Notes on vaccination in the North-West Frontier Province 1923-1928 - 1923-1928
Year: 1923
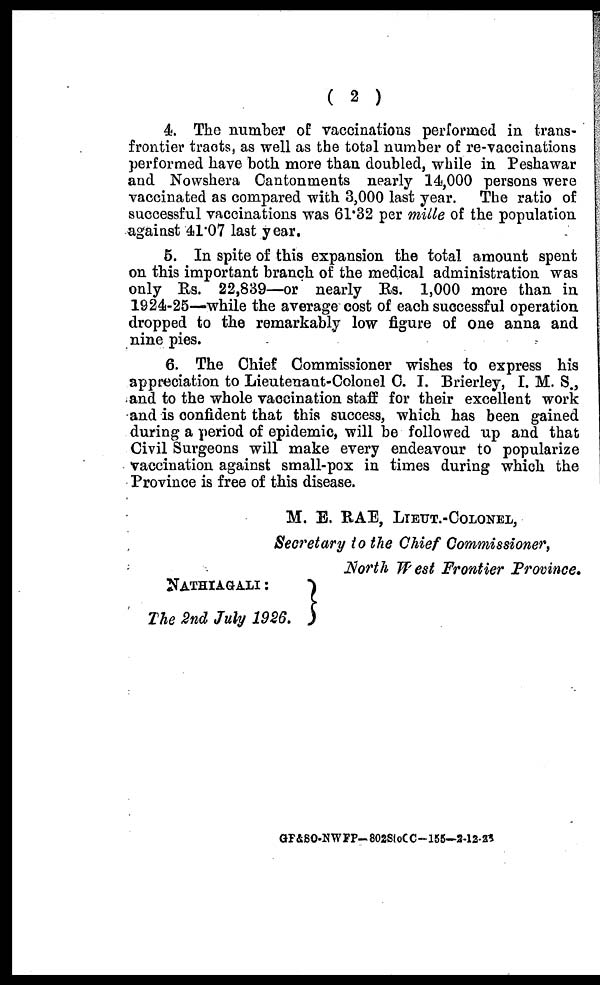
( 2 )
4. The number of vaccinations performed in trans¬
frontier tracts, as well as the total number of re-vaccinations
performed have both more than doubled, while in Peshawar
and Nowshera Cantonments nearly 14,000 persons were
vaccinated as compared with 3,000 last year. The ratio of
successful vaccinations was 61.32 per mille of the population
against 41.07 last year.
5. In spite of this expansion the total amount spent
on this important branch of the medical administration was
only Rs. 22,839—or nearly Rs. 1,000 more than in
1924-25—while the average cost of each successful operation
dropped to the remarkably low figure of one anna and
nine pies.
6. The Chief Commissioner wishes to express his
appreciation to Lieutenant-Colonel C. I. Brierley, I. M. S.,
and to the whole vaccination staff for their excellent work
and is confident that this success, which has been gained
during a period of epidemic, will be followed up and that
Civil Surgeons will make every endeavour to popularize
vaccination against small-pox in times during which the
Province is free of this disease.
M. E. RAE, LIEUT.-COLONEL,
Secretary to the Chief Commissioner,
NATHIAGALI :
The 2nd July 1926.
North West Frontier Province.
GP&SO-NWFP—802StoCC—155—2-12-26